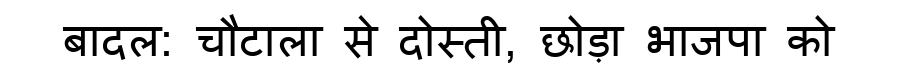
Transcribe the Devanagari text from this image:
बादल: चौटाला से दोस्ती, छोड़ा भाजपा को